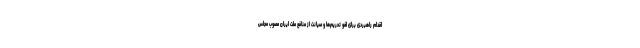
اقدام راهبردی برای لغو تحریم‌ها و صیانت از منافع ملت ایران مصوب مجلس